Annual report of the Punjab Veterinary College and of the Civil Veterinary Department, Punjab - 1920-1925
Year: 1920
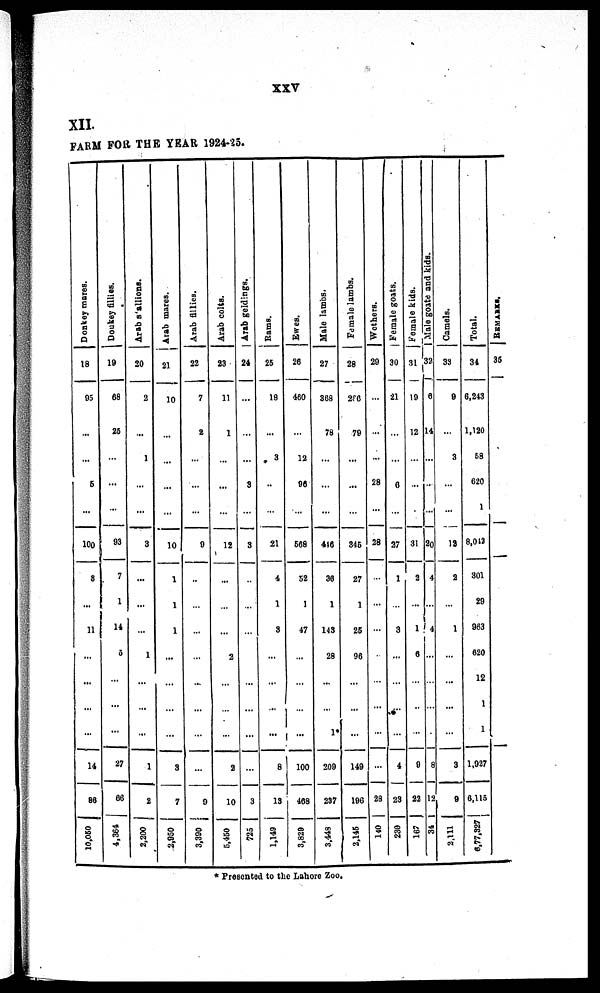
XXV
XII.
FARM FOR THE YEAR 1924-25.
Donkey mares.
18
95
...
...
5
...
100
8
...
11
...
...
...
...
...
14
86
10,050
Donkey fillies.
19
68
25
...
...
...
93
7
1
14
5
...
...
...
27
66
4,364
Arab stallions.
20
2
...
1
...
...
3
...
...
...
1
...
...
...
...
1
2
2,200
Arab mares.
21
10
...
...
...
...
10
1
1
1
...
...
...
...
...
3
7
2,950
Arab fillies.
22
7
2
...
...
...
9
...
...
...
...
...
...
...
...
...
9
3,390
Arab colts.
23
11
1
...
...
...
12
...
...
...
2
...
...
...
...
2
10
5,450
Arab geldings.
24
...
...
...
3
...
3
...
...
...
...
...
..
...
...
...
3
725
Rams.
25
18
...
3
...
...
21
4
1
3
...
...
...
...
...
8
13
1,149
Ewes.
26
460
...
12
96
...
568
52
1
47
...
...
...
...
...
100
468
3,829
Male lambs.
27
368
78
...
...
...
416
36
1
143
28
...
...
...
1
209
287
3,449
Female lambs.
28
260
79
...
...
...
345
27
1
25
96
...
...
...
...
149
196
2,145
Wethers.
29
...
...
...
28
...
28
...
..
...
...
...
...
...
...
28
140
Female goats.
30
21
...
...
6
...
37
1
...
3
...
...
...
...
...
4
23
230
Female kids.
31
19
12
...
...
..
31
2
...
1
6
...
...
...
...
9
22
167
Male goate and kids.
32
6
14
...
...
...
20
4
...
4
...
...
...
...
...
8
12
34
Camels.
33
9
...
3
...
...
12
2
...
1
...
...
...
...
...
3
9
2,111
Total.
34
6,243
1,120
58
620
1
8,012
301
29
963
620
12
1
...
1
1,927
6,115
6,77,327
RAMARKS,
35
* Presented to the Lahore Zoo.